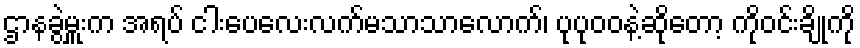
ဌာနခွဲမှူးက အရပ် ငါးပေလေးလက်မသာသာလောက်၊ ပုပုဝဝနဲ့ဆိုတော့ ကိုဝင်းချိုကို